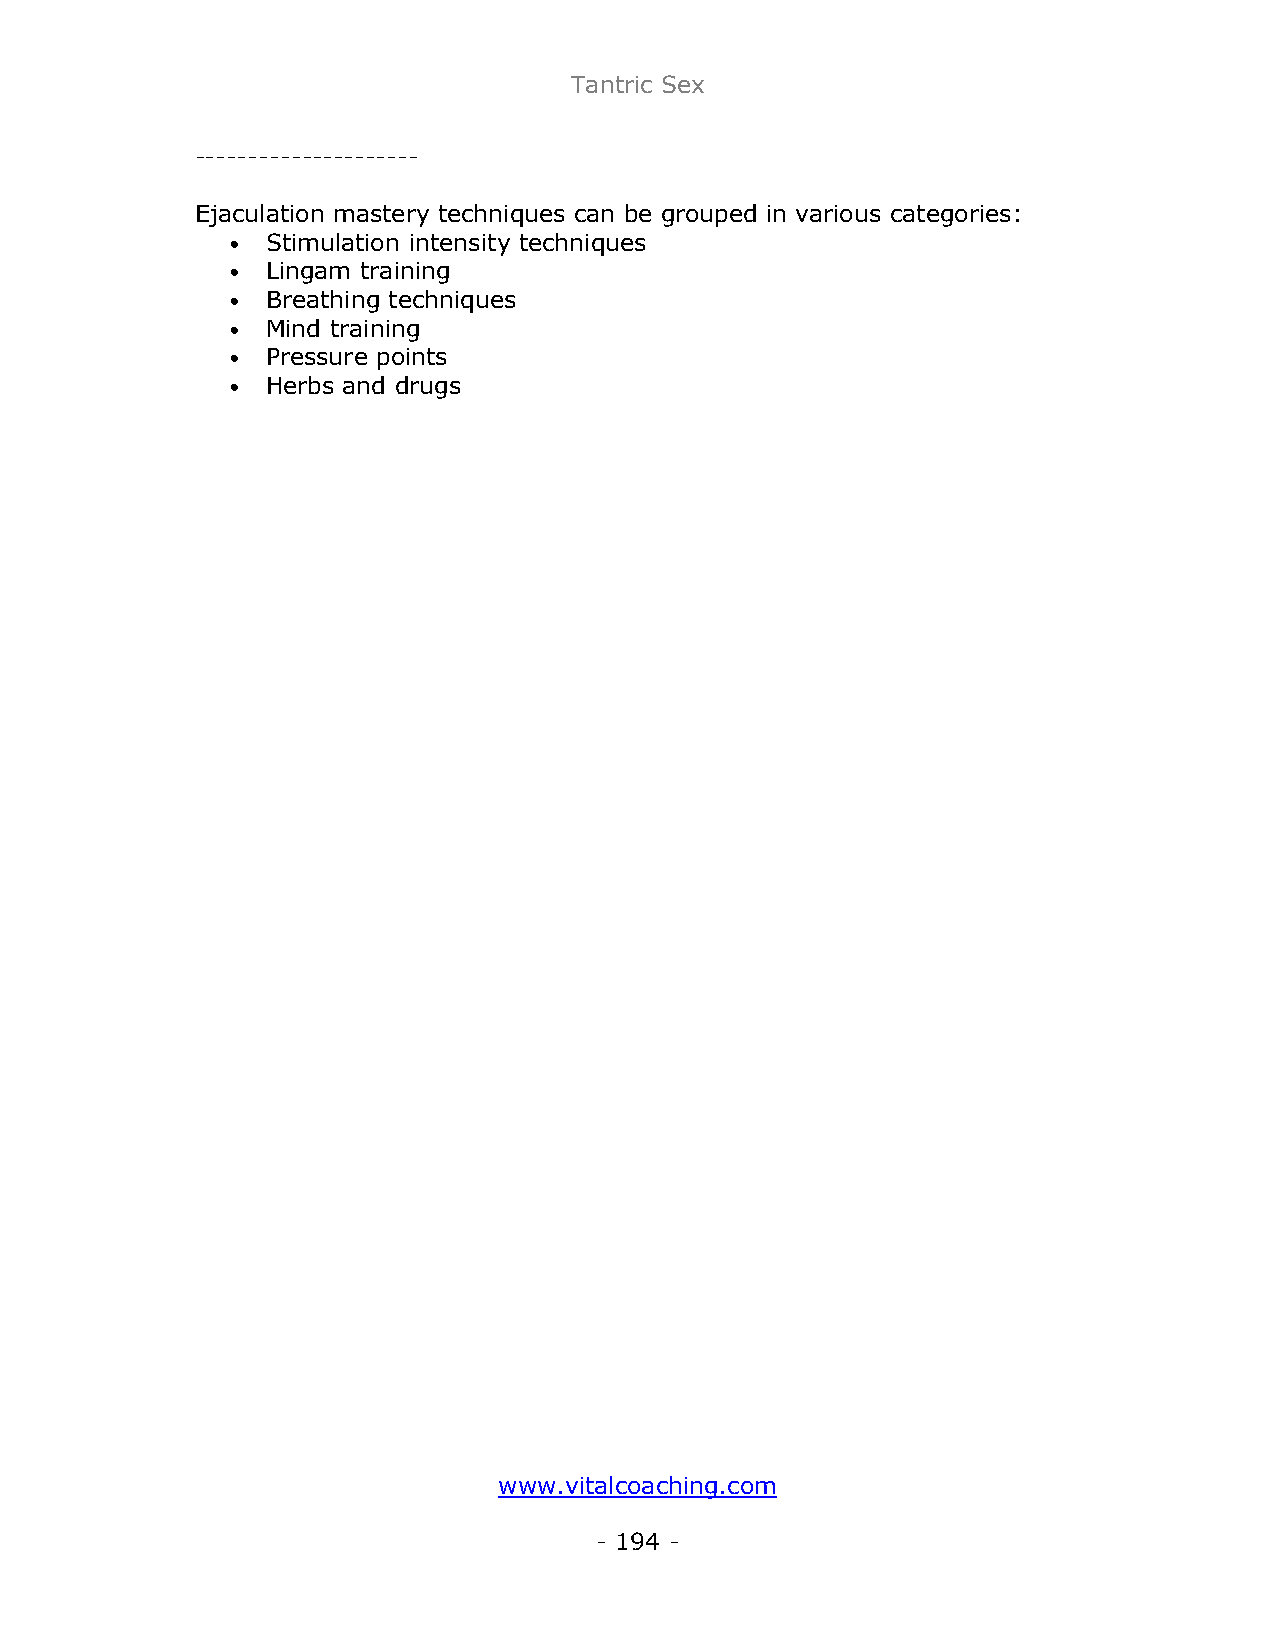
Tantric Sex
 ---------------------
 Ejaculation mastery techniques can be grouped in various categories:
 •  Stimulation intensity techniques
 •  Lingam training
 •  Breathing techniques
 •  Mind training
 •  Pressure points
 •  Herbs and drugs
 www.vitalcoaching.com
 - 194 -